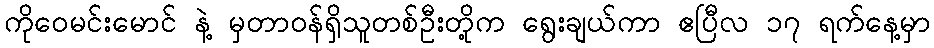
ကိုဝေမင်းမောင် နဲ့ မှတာဝန်ရှိသူတစ်ဦးတို့က ရွေးချယ်ကာ ဧပြီလ ၁၇ ရက်နေ့မှာ